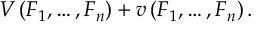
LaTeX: V \left( F _ { 1 } , \dots , F _ { n } \right) + v \left( F _ { 1 } , \dots , F _ { n } \right) .